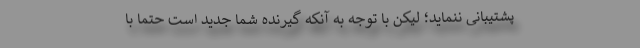
پشتیبانی ننماید؛ لیکن با توجه به آنکه گیرنده شما جدید است حتماً با